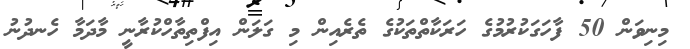
މިނިވަން 50 ފާހަގަކުރުމުގެ ހަރަކާތްތަކުގެ ތެރެއިން މި ގަލަން އިފްތިތާހްކުރާނީ މާދަމާ ހެނދުނު